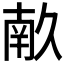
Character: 𭅥